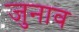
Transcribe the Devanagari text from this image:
जुनाव